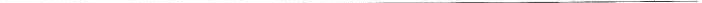
___